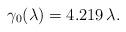
LaTeX: \begin{align*} \gamma _0(\lambda )=4.219\,\lambda .\end{align*}